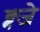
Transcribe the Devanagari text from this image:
क्ब्जे